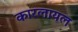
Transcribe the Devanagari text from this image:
कारलायल